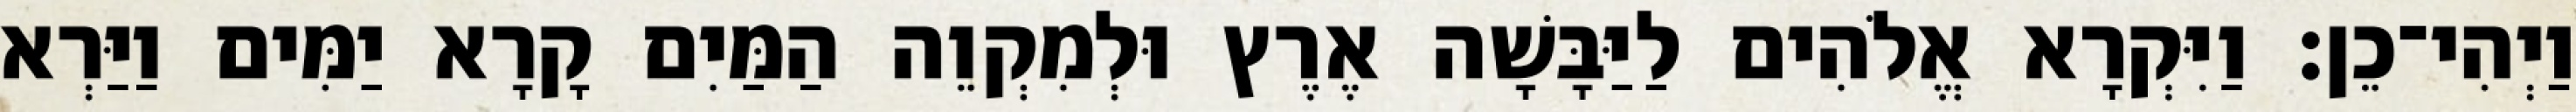
וַיְהִי־כֵן׃ וַיִּקְרָא אֱלֹהִים לַיַּבָּשָׁה אֶרֶץ וּלְמִקְוֵה הַמַּיִם קָרָא יַמִּים וַיַּרְא